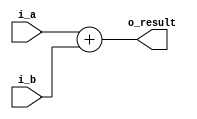
`timescale 1ns / 1ps

module adder#(
        parameter NB = 32
    )
    (
        input   [NB-1:0] i_a,
        input   [NB-1:0] i_b,
        
        output  [NB-1:0] o_result
    );
    
    assign o_result = i_a + i_b;
    
endmodule